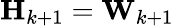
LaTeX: \mathbf{H}_{k+1}=\mathbf{W}_{k+1}